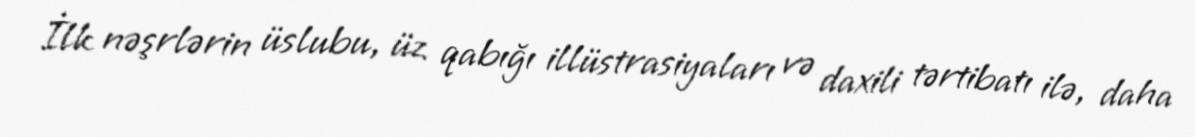
İlk nəşrlərin üslubu, üz qabığı illüstrasiyaları və daxili tərtibatı ilə, daha